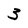
Character: 3